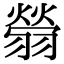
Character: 䎕